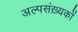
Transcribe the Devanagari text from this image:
अल्पसंख़्यकों